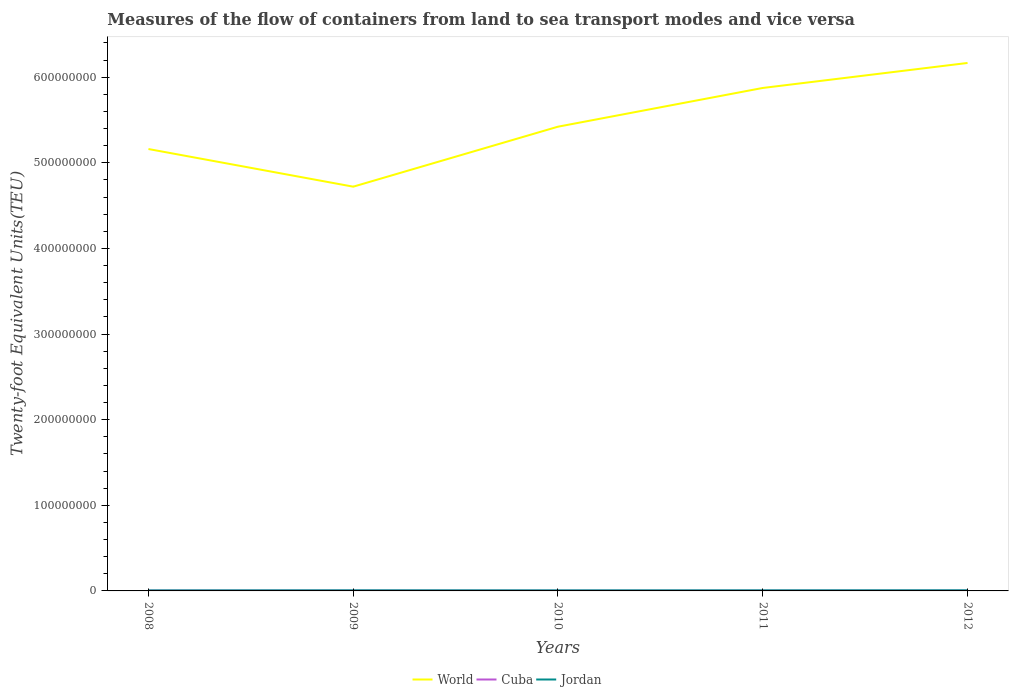
| Years | World | Cuba | Jordan |
 | --- | --- | --- | --- |
 | 2008 | 5.16e+08 | 3.19e+05 | 5.83e+05 |
 | 2009 | 4.72e+08 | 2.9e+05 | 6.75e+05 |
 | 2010 | 5.42e+08 | 2.28e+05 | 6.19e+05 |
 | 2011 | 5.87e+08 | 2.47e+05 | 6.54e+05 |
 | 2012 | 6.17e+08 | 2.65e+05 | 7.03e+05 |